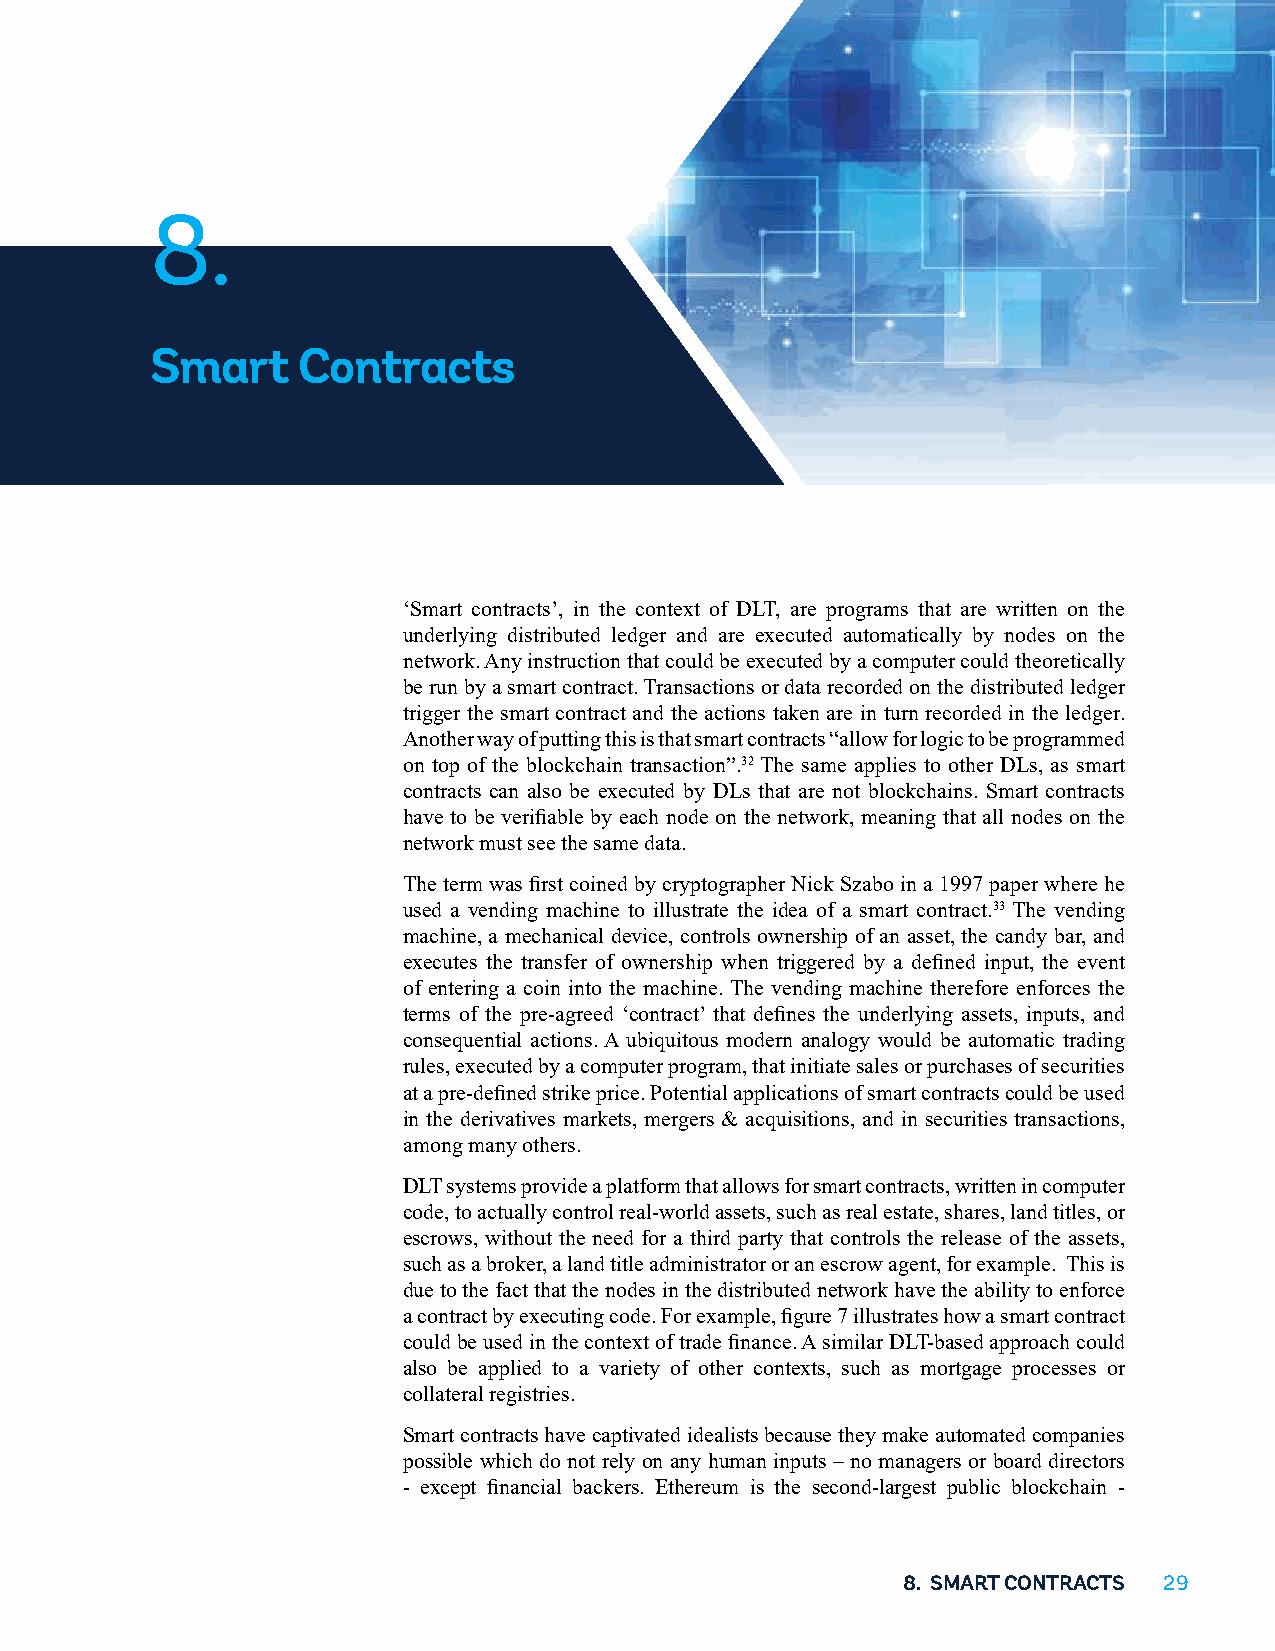
8.
 Smart     Contracts
 ‘Smart contracts’, in the context of DLT, are programs that are written on the
 underlying distributed ledger and are executed automatically by nodes on the
 network. Any instruction that could be executed by a computer could theoretically
 be run by a smart contract. Transactions or data recorded on the distributed ledger
 trigger the smart contract and the actions taken are in turn recorded in the ledger.
 Another way of putting this is that smart contracts “allow for logic to be programmed
 on top of the blockchain transaction”.32 The same applies to other DLs, as smart
 contracts can also be executed by DLs that are not blockchains. Smart contracts
 have to be verifiable by each node on the network, meaning that all nodes on the
 network must see the same data.
 The term was first coined by cryptographer Nick Szabo in a 1997 paper where he
 used a vending machine to illustrate the idea of a smart contract.33 The vending
 machine, a mechanical device, controls ownership of an asset, the candy bar, and
 executes the transfer of ownership when triggered by a defined input, the event
 of entering a coin into the machine. The vending machine therefore enforces the
 terms of the pre-agreed ‘contract’ that defines the underlying assets, inputs, and
 consequential actions. A ubiquitous modern analogy would be automatic trading
 rules, executed by a computer program, that initiate sales or purchases of securities
 at a pre-defined strike price. Potential applications of smart contracts could be used
 in the derivatives markets, mergers & acquisitions, and in securities transactions,
 among many others.
 DLT systems provide a platform that allows for smart contracts, written in computer
 code, to actually control real-world assets, such as real estate, shares, land titles, or
 escrows, without the need for a third party that controls the release of the assets,
 such as a broker, a land title administrator or an escrow agent, for example. This is
 due to the fact that the nodes in the distributed network have the ability to enforce
 a contract by executing code. For example, figure 7 illustrates how a smart contract
 could be used in the context of trade finance. A similar DLT-based approach could
 also be applied to a variety of other contexts, such as mortgage processes or
 collateral registries.
 Smart contracts have captivated idealists because they make automated companies
 possible which do not rely on any human inputs – no managers or board directors
 - except financial backers. Ethereum is the second-largest public blockchain -
 8. SMART CONTRACTS 29